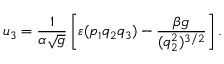
u _ { 3 } = \frac { 1 } { \alpha \sqrt { g } } \left[ \varepsilon ( p _ { 1 } q _ { 2 } q _ { 3 } ) - \frac { \beta g } { ( q _ { 2 } ^ { 2 } ) ^ { 3 / 2 } } \right] .